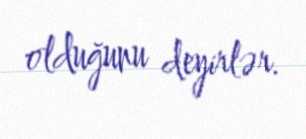
olduğunu deyirlər.